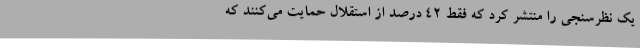
یک نظرسنجی را منتشر کرد که فقط ۴۲ درصد از استقلال حمایت می‌کنند که